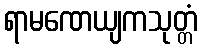
ရာမဏေယျကသုတ္တံ